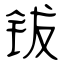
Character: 钹